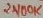
Text: 2100K